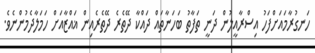
ހަނގުރާމައަށްފަހު އިސްރާއީލުން ދަނީ ތަފާތު ބަހަނާތައް ދައްކާ ދޭތެރެ ދޭތެރެއިން ޣައްޒާއަށް ހަމަލާދެމުންނެވެ.